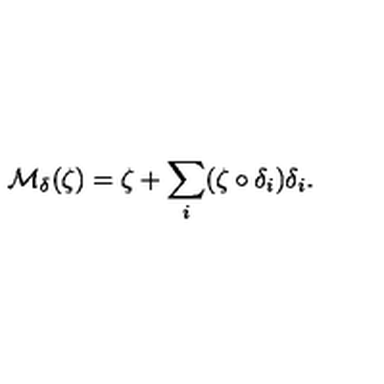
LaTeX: { \mathcal M } _ { \delta } ( \zeta ) = \zeta + \sum _ { i } ( \zeta \circ \delta _ { i } ) \delta _ { i } .